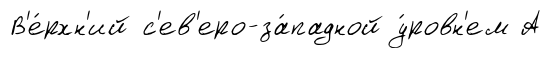
В'е́рхн'ий с'ев'еро-за́падной у́ровн'ем А